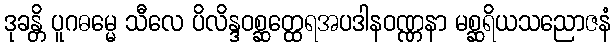
ဒုခန္တိ ပူဂဓမ္မေ သီလေ ပိလိန္ဒဝစ္ဆတ္ထေရအပဒါနဝဏ္ဏနာ မစ္ဆရိယသညောဇနံ